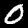
Label: 0